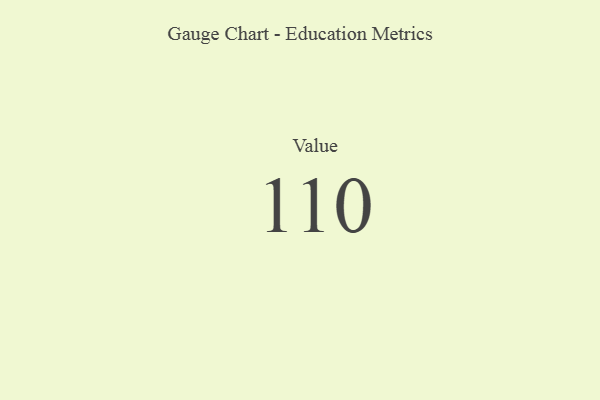
{"axis": {"x": "Metric", "y": "Value"}, "legend": [""], "data": [{"x": "Value", "y": 110, "type": ""}]}